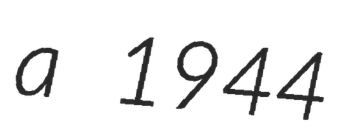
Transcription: a 1944